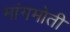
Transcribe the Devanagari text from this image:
मांगमोती